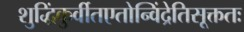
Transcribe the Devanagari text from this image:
शुद्धिंकुर्वीतएतोन्विंद्रेतिसूक्ततः